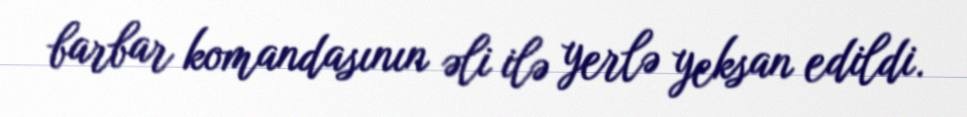
barbar komandasının əli ilə yerlə yeksan edildi.